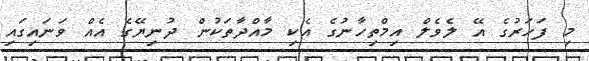
މި ފަހަރުގެ އޭ ލެވެލް އިމްތިހާނުގެ އެކި މާއްދާތަކުން ދުނިޔޭގެ އެއް ވަނައިގައި